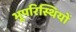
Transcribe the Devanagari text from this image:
भूपरिस्थियों